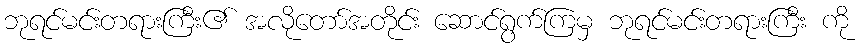
ဘုရင်မင်းတရားကြီး၏ အလိုတော်အတိုင်း ဆောင်ရွက်ကြမှ ဘုရင်မင်းတရားကြီး ကို